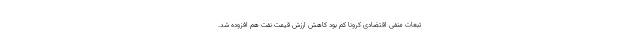
تبعات منفی اقتضادی کرونا کم بود کاهش ارزش قیمت نفت هم افزوده شد.